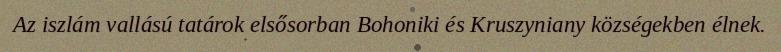
Az iszlám vallású tatárok elsősorban Bohoniki és Kruszyniany községekben élnek.